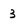
Character: 3